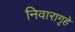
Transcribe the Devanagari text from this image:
निवारागृहे